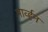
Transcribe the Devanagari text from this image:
मार्व्हन